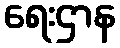
ရေးဌာန